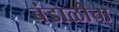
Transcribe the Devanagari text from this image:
बंडाळीचा